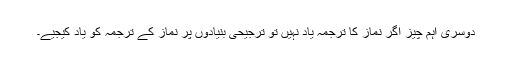
دوسری اہم چیز اگر نماز کا ترجمہ یاد نہیں تو ترجیحی بنیادوں پر نماز کے ترجمہ کو یاد کیجیے۔